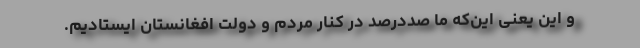
و این یعنی این‌که ما صددرصد در کنار مردم و دولت افغانستان ایستادیم.